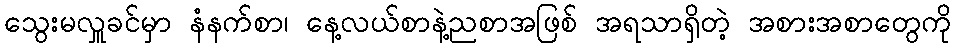
သွေးမလှူခင်မှာ နံနက်စာ၊ နေ့လယ်စာနဲ့ညစာအဖြစ် အရသာရှိတဲ့ အစားအစာတွေကို